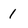
Character: 1